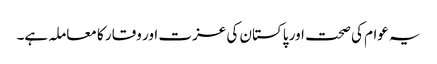
یہ عوام کی صحت اور پاکستان کی عزت اور وقار کا معاملہ ہے۔